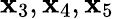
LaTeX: \mathbf{x}_{3},\mathbf{x}_{4},\mathbf{x}_{5}